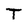
Character: T